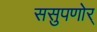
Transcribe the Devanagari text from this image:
ससुपणोर्